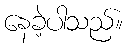
နေခဲ့ပါသည်။